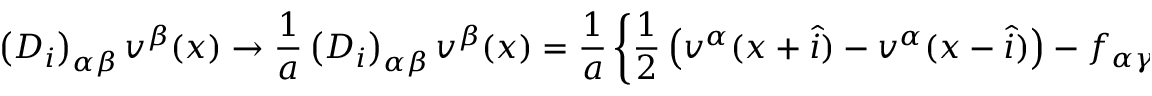
\left( D _ { i } \right) _ { \alpha \beta } v ^ { \beta } ( x ) \rightarrow \frac 1 a \left( { \cal D } _ { i } \right) _ { \alpha \beta } v ^ { \beta } ( x ) = \frac 1 a \left\{ \frac 1 2 \left( v ^ { \alpha } ( x + \widehat { i } ) - v ^ { \alpha } ( x - \widehat { i } ) \right) - f _ { \alpha \gamma \beta } \theta ^ { \gamma } ( x , x + \widehat { i } ) v ^ { \beta } ( x ) \right\}